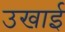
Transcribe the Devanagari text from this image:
उखाई